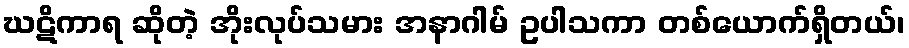
ဃဋိကာရ ဆိုတဲ့ အိုးလုပ်သမား အနာဂါမ် ဥပါသကာ တစ်ယောက်ရှိတယ်၊